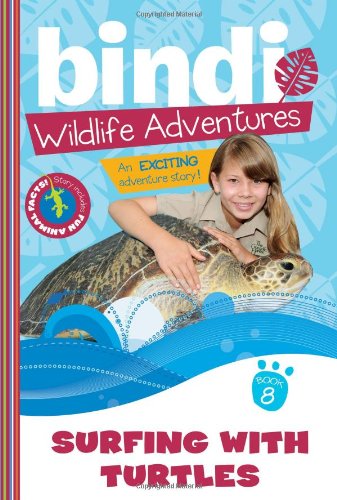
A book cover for Surfing with Turtles: A Bindi Irwin Adventure (Bindi's Wildlife Adventures); Bindi Irwin; Children's Books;